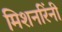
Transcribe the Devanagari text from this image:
मिशनरिंनी